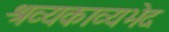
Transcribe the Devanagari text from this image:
श्रव्यकाव्यभेद